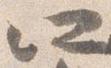
所